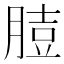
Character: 䐍